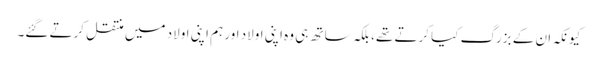
کیونکہ ان کے بزرگ کیا کرتے تھے، بلکہ ساتھ ہی وہ اپنی اولاد اور ہم اپنی اولاد میں منتقل کرتے گئے۔